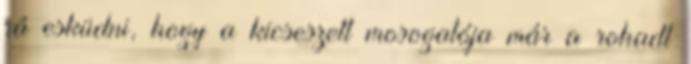
rá esküdni, hogy a kicseszett mosogatója már a rohadt